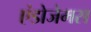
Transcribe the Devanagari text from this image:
एंडोजेमस